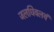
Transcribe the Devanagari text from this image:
जलधिवलयं